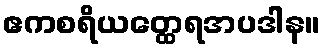
ဧကစရိယတ္ထေရအပဒါန။